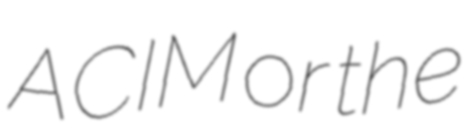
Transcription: ACIM or the